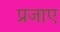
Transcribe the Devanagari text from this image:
प्रजाए